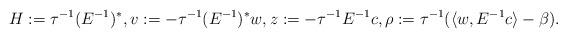
LaTeX: \begin{align*}H:=\tau^{-1}(E^{-1})^*,v:=-\tau^{-1}(E^{-1})^*w,z:=-\tau^{-1}E^{-1}c,\rho:=\tau^{-1}(\langle w,E^{-1}c\rangle-\beta).\end{align*}